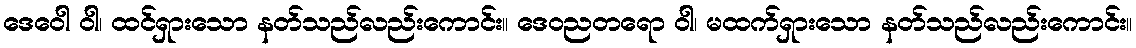
ဒေဝေါ ဝါ၊ ထင်ရှားသော နတ်သည်လည်းကောင်း။ ဒေဝညတရော ဝါ၊ မထက်ရှားသော နတ်သည်လည်းကောင်း။